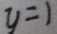
y = 1